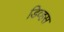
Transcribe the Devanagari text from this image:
डिव्हस